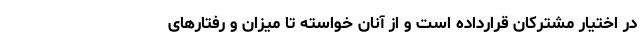
در اختیار مشترکان قرارداده است و از آنان خواسته تا میزان و رفتار‌های